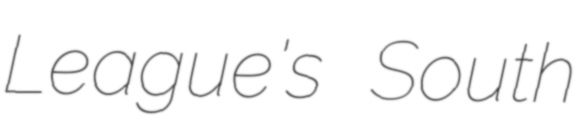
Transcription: League's South